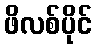
ဖိလစ်ပိုင်